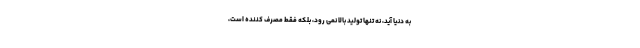
به دنیا آید، نه تنها تولید بالا نمی رود، بلکه فقط مصرف کننده است،